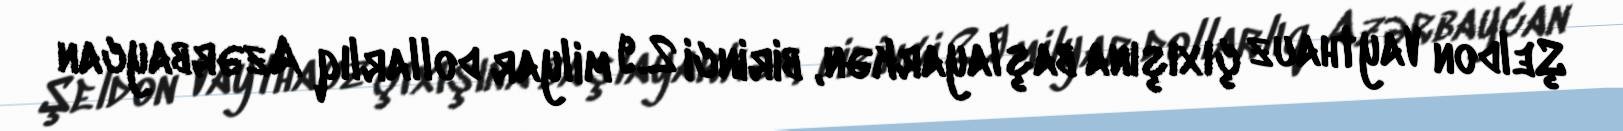
Şeldon Vaythauz çıxışına başlayarkən, birinci 2.9 milyar dollarlıq Azərbaycan